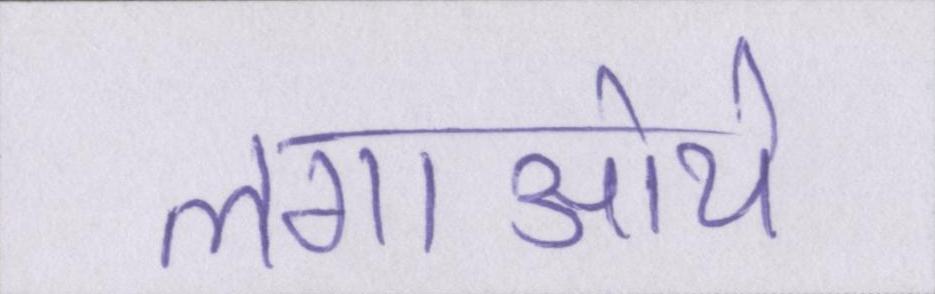
लगाऒये